Report of an investigation into the causes of the diseases known in Assam as Kála-Azár and Beri-Beri
Disease focus: Beri-Beri
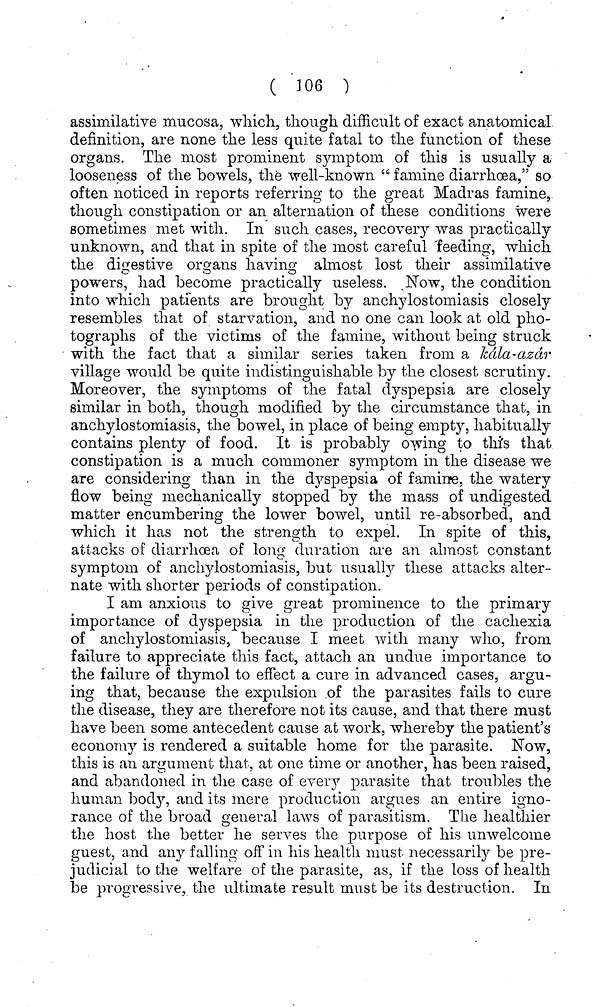
( 106 )
assimilative mucosa, which, though difficult of exact anatomical
definition, are none the less quite fatal to the function of these
organs. The most prominent symptom of this is usually a
looseness of the bowels, the well-known " famine diarrhoea," so
often noticed in reports referring to the great Madras famine,
though constipation or an alternation of these conditions were
sometimes met with. In such cases, recovery was practically
unknown, and that in spite of the most careful feeding, which
the digestive organs having almost lost their assimilative
O
o
O
powers, had become practically useless. Now, the condition
into which patients are brought by anchylostomiasis closely
resembles that of starvation, and no one can look at old pho-
tographs of the victims of the famine, without being struck
with the fact that a similar series taken from a kdla-azdr
village would be quite indistinguishable by the closest scrutiny.
Moreover, the symptoms of the fatal dyspepsia are closely
similar in both, though modified by the circumstance that, in
anchylostomiasis, the bowel, in place of being empty, habitually
contains plenty of food. It is probably owing to this that
constipation is a much commoner symptom in the disease we
are considering than in the dyspepsia of famine, the watery
flow being mechanically stopped by the mass of undigested
matter encumbering the lower bowel, until re-absorbed, and
which it lias not the strength to expel. In spite of this,
attacks of diarrhoea of long duration are an almost constant
symptom of anchylostomiasis, but usually these attacks alter-
nate with shorter periods of constipation.
I am anxious to give great prominence to the primary
importance of dyspepsia in the production of the cachexia
of anchylostomiasis, because I meet with many who, from
failure to appreciate this fact, attach an undue importance to
the failure of thymol to effect a cure in advanced cases, argu-
ing that, because the expulsion of the parasites fails to cure
the disease, they are therefore not its cause, and that there must
have been some antecedent cause at work, whereby the patient's
economy is rendered a suitable home for the parasite. Now,
this is an argument that, at one time or another, has been raised,
and abandoned in the case of every parasite that troubles the
human body, and its mere production argues an entire igno-
rance of the broad general laws of parasitism. The healthier
the host the better he serves the purpose of his unwelcome
guest, and any falling off in his health must necessarily be pre-
judicial to the welfare of the parasite, as, if the loss of health
be progressive, the ultimate result must be its destruction. In